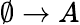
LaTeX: \emptyset\rightarrow A